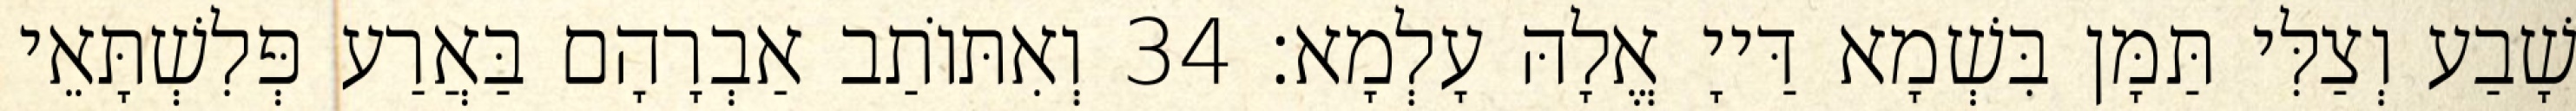
שָׁבַע וְצַלִּי תַּמָּן בִּשְׁמָא דַּייָ אֱלָהּ עָלְמָא׃ 34 וְאִתּוֹתַב אַבְרָהָם בַּאֲרַע פְּלִשְׁתָּאֵי